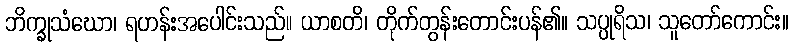
ဘိက္ခုသံဃော၊ ရဟန်းအပေါင်းသည်။ ယာစတိ၊ တိုက်တွန်းတောင်းပန်၏။ သပ္ပုရိသ၊ သူတော်ကောင်း။